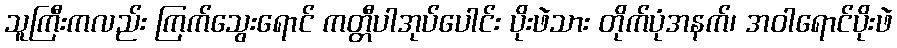
သူကြီးကလည်း ကြက်သွေးရောင် ကတ္တီပါအုပ်ပေါင်း ပိုးဖဲသား တိုက်ပုံအနက်၊ အဝါရောင်ပိုးဖဲ